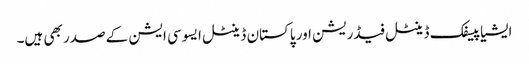
ایشیا پیسفک ڈینٹل فیڈریشن اور پاکستان ڈینٹل ایسوسی ایشن کے صدر بھی ہیں۔